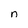
Character: n